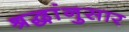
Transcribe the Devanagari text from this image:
श्रद्धांनुसार